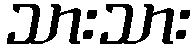
သားသား